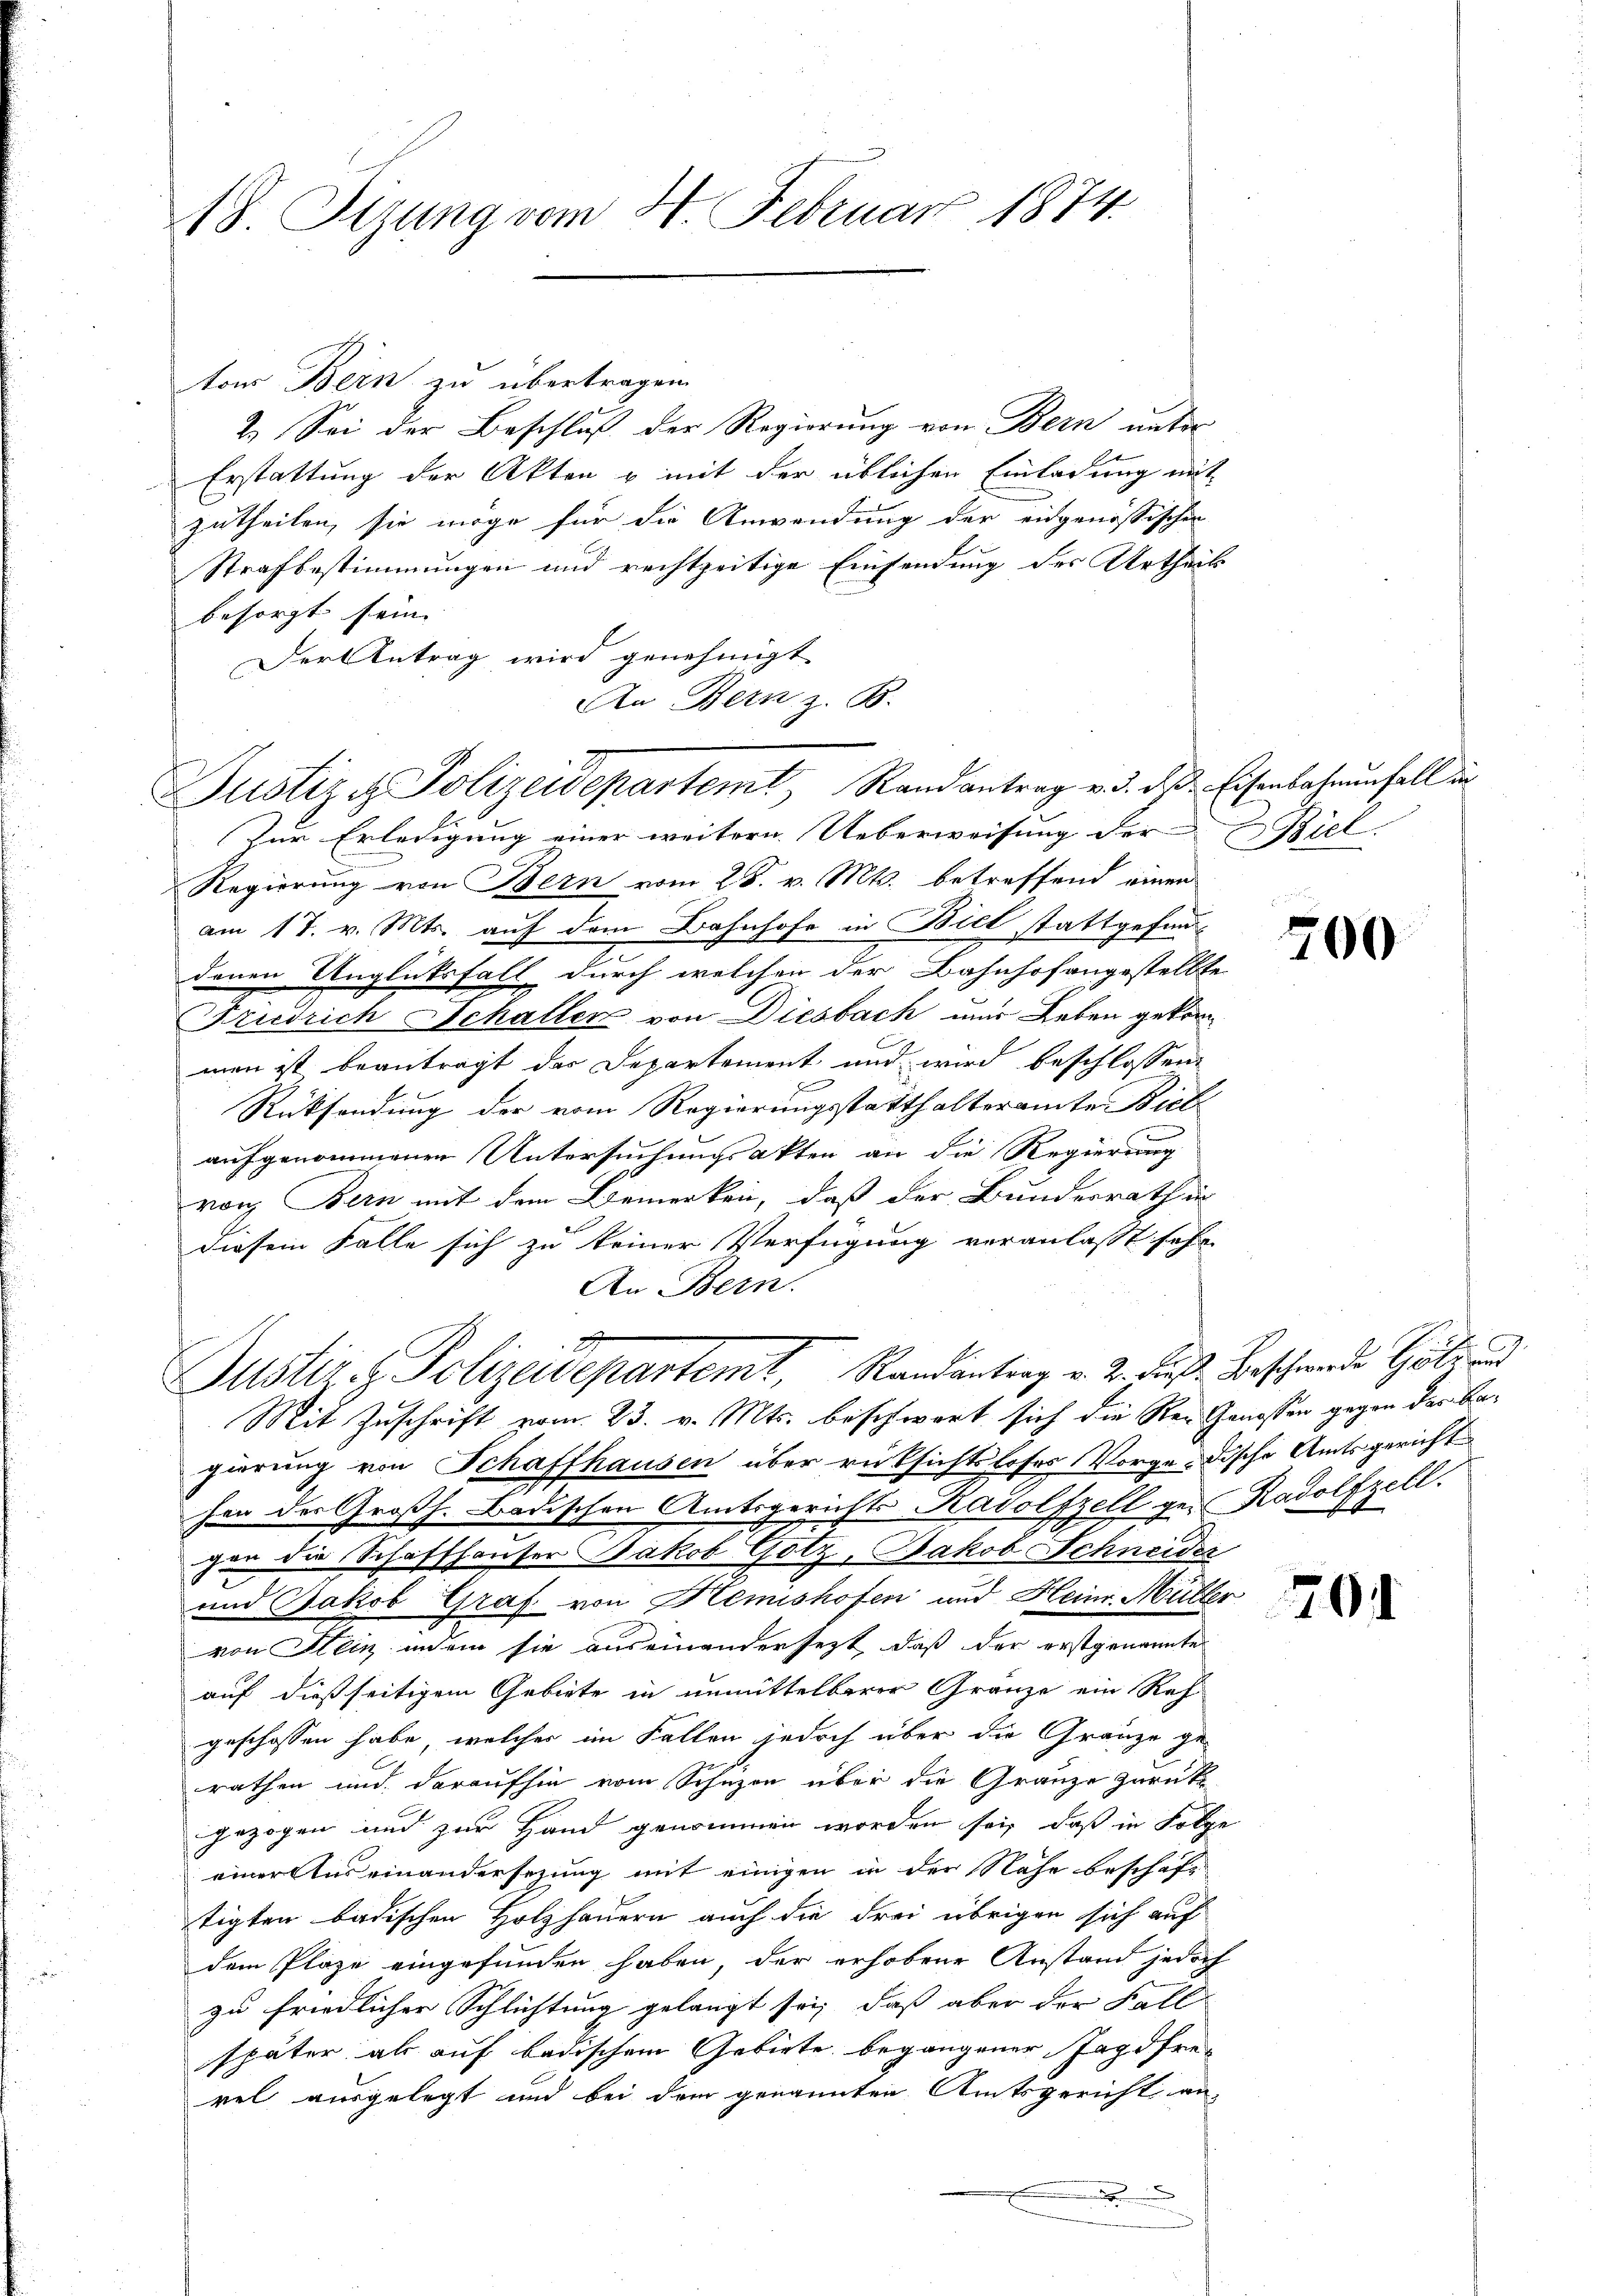
18 Tizung vom 4. Februar 1874.

ton Bern zu übertragen
2.) Sei der Beschluß der Regierung von Bern unter
Erstattung der Akten & mit der üblichen Einladung mit
zutheilen, sie möge für die Anwendung der eidgenössischen
Strafbestimmungen und rechtzeitige Einsendung des Urtheils
besorgt sein. |
Der Antrag wird genehmigt
An Bern z. B.
Zur Erledigung einer weitern Ueberweisung der Biel
Regierung von Bern vom 28. v. Mts. betreffend einen
am 17. v. Mts. auf dem Bahnhofe in Biel stattgefunddenen Unglücksfall durch welchen der Bahnhofangestellte
Friedrich Schaller von Diesbach und Leben gekommen ist beantragt das Departement und wird beschlossen
Rücksendung der vom Regierungsstatthalteramte Biel
aufgenommenen Untersuchungsakten an die Regierung
rorg Bern mit dem Bemerken, daß der Bundesrath in
diesem Falle sich zu keiner Verfügung veranlasst sehr
An Bern.
d
Justiz- & Polizeidepartemt, Randantrag v. 2. dieß Beschwende Gült und
Mit Zuschrift vom 23. v. Mts. beschwart sich die Re- Genossen gegen des Bagierung von Schaffhausen über rücksichtsloses Vorge-dische Amtsgericht
hen der Großh. Badischen Amtsgerichts Radolfzell ge- Radolfzell.
gen die Schaffhauser Jakob Gotz, Jakob Schneider
und Jakob Graf von Hemishofen und Heinr. Müller
von Stein indem sie auseinandersezt, daß der erstgenannte
auf dießseitigem Gebiete in unmittelbarer Gränze ein Reh
geschossen habe, welches im Fallen jedoch über die Gränze gerathen und daraufhin vom Schuzen über die Gränze zurück
gezogen und zur Hand genommen worden sei, daß in Folge
einer Auseinandersezung mit einigen in der Nähe beschaft
tigten badischen Holzhauern auch die Frei übrigen sich auf
dem Plaze eingefunden haben, der erhobene Anstand jedoch
zu friedlicher Schlichtung gelangt sei, daß aber der Fall
später als auf badischem Gebiete begangener Jagdfre-
rel ausgelegt und bei dem genannten Amtsgericht an
x

Justiz & Polizeidepartemt, Randantrag v. d. d. d. Eisenbahrunfall in

700

2